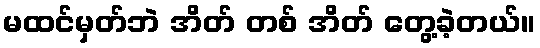
မထင်မှတ်ဘဲ အိတ် တစ် အိတ် တွေ့ခဲ့တယ်။